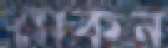
মেকন